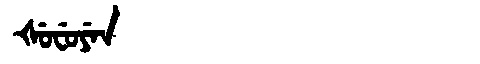
Manchu: ᡧᡠᠸᡠᠶᡝᠨ
Romanization: ŠUFUYEN